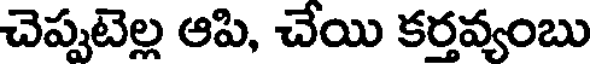
చెప్పటెల్ల ఆపి, చేయి కర్తవ్యంబు